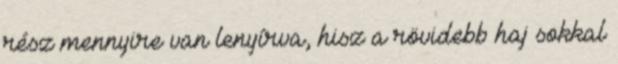
rész mennyire van lenyírva, hisz a rövidebb haj sokkal